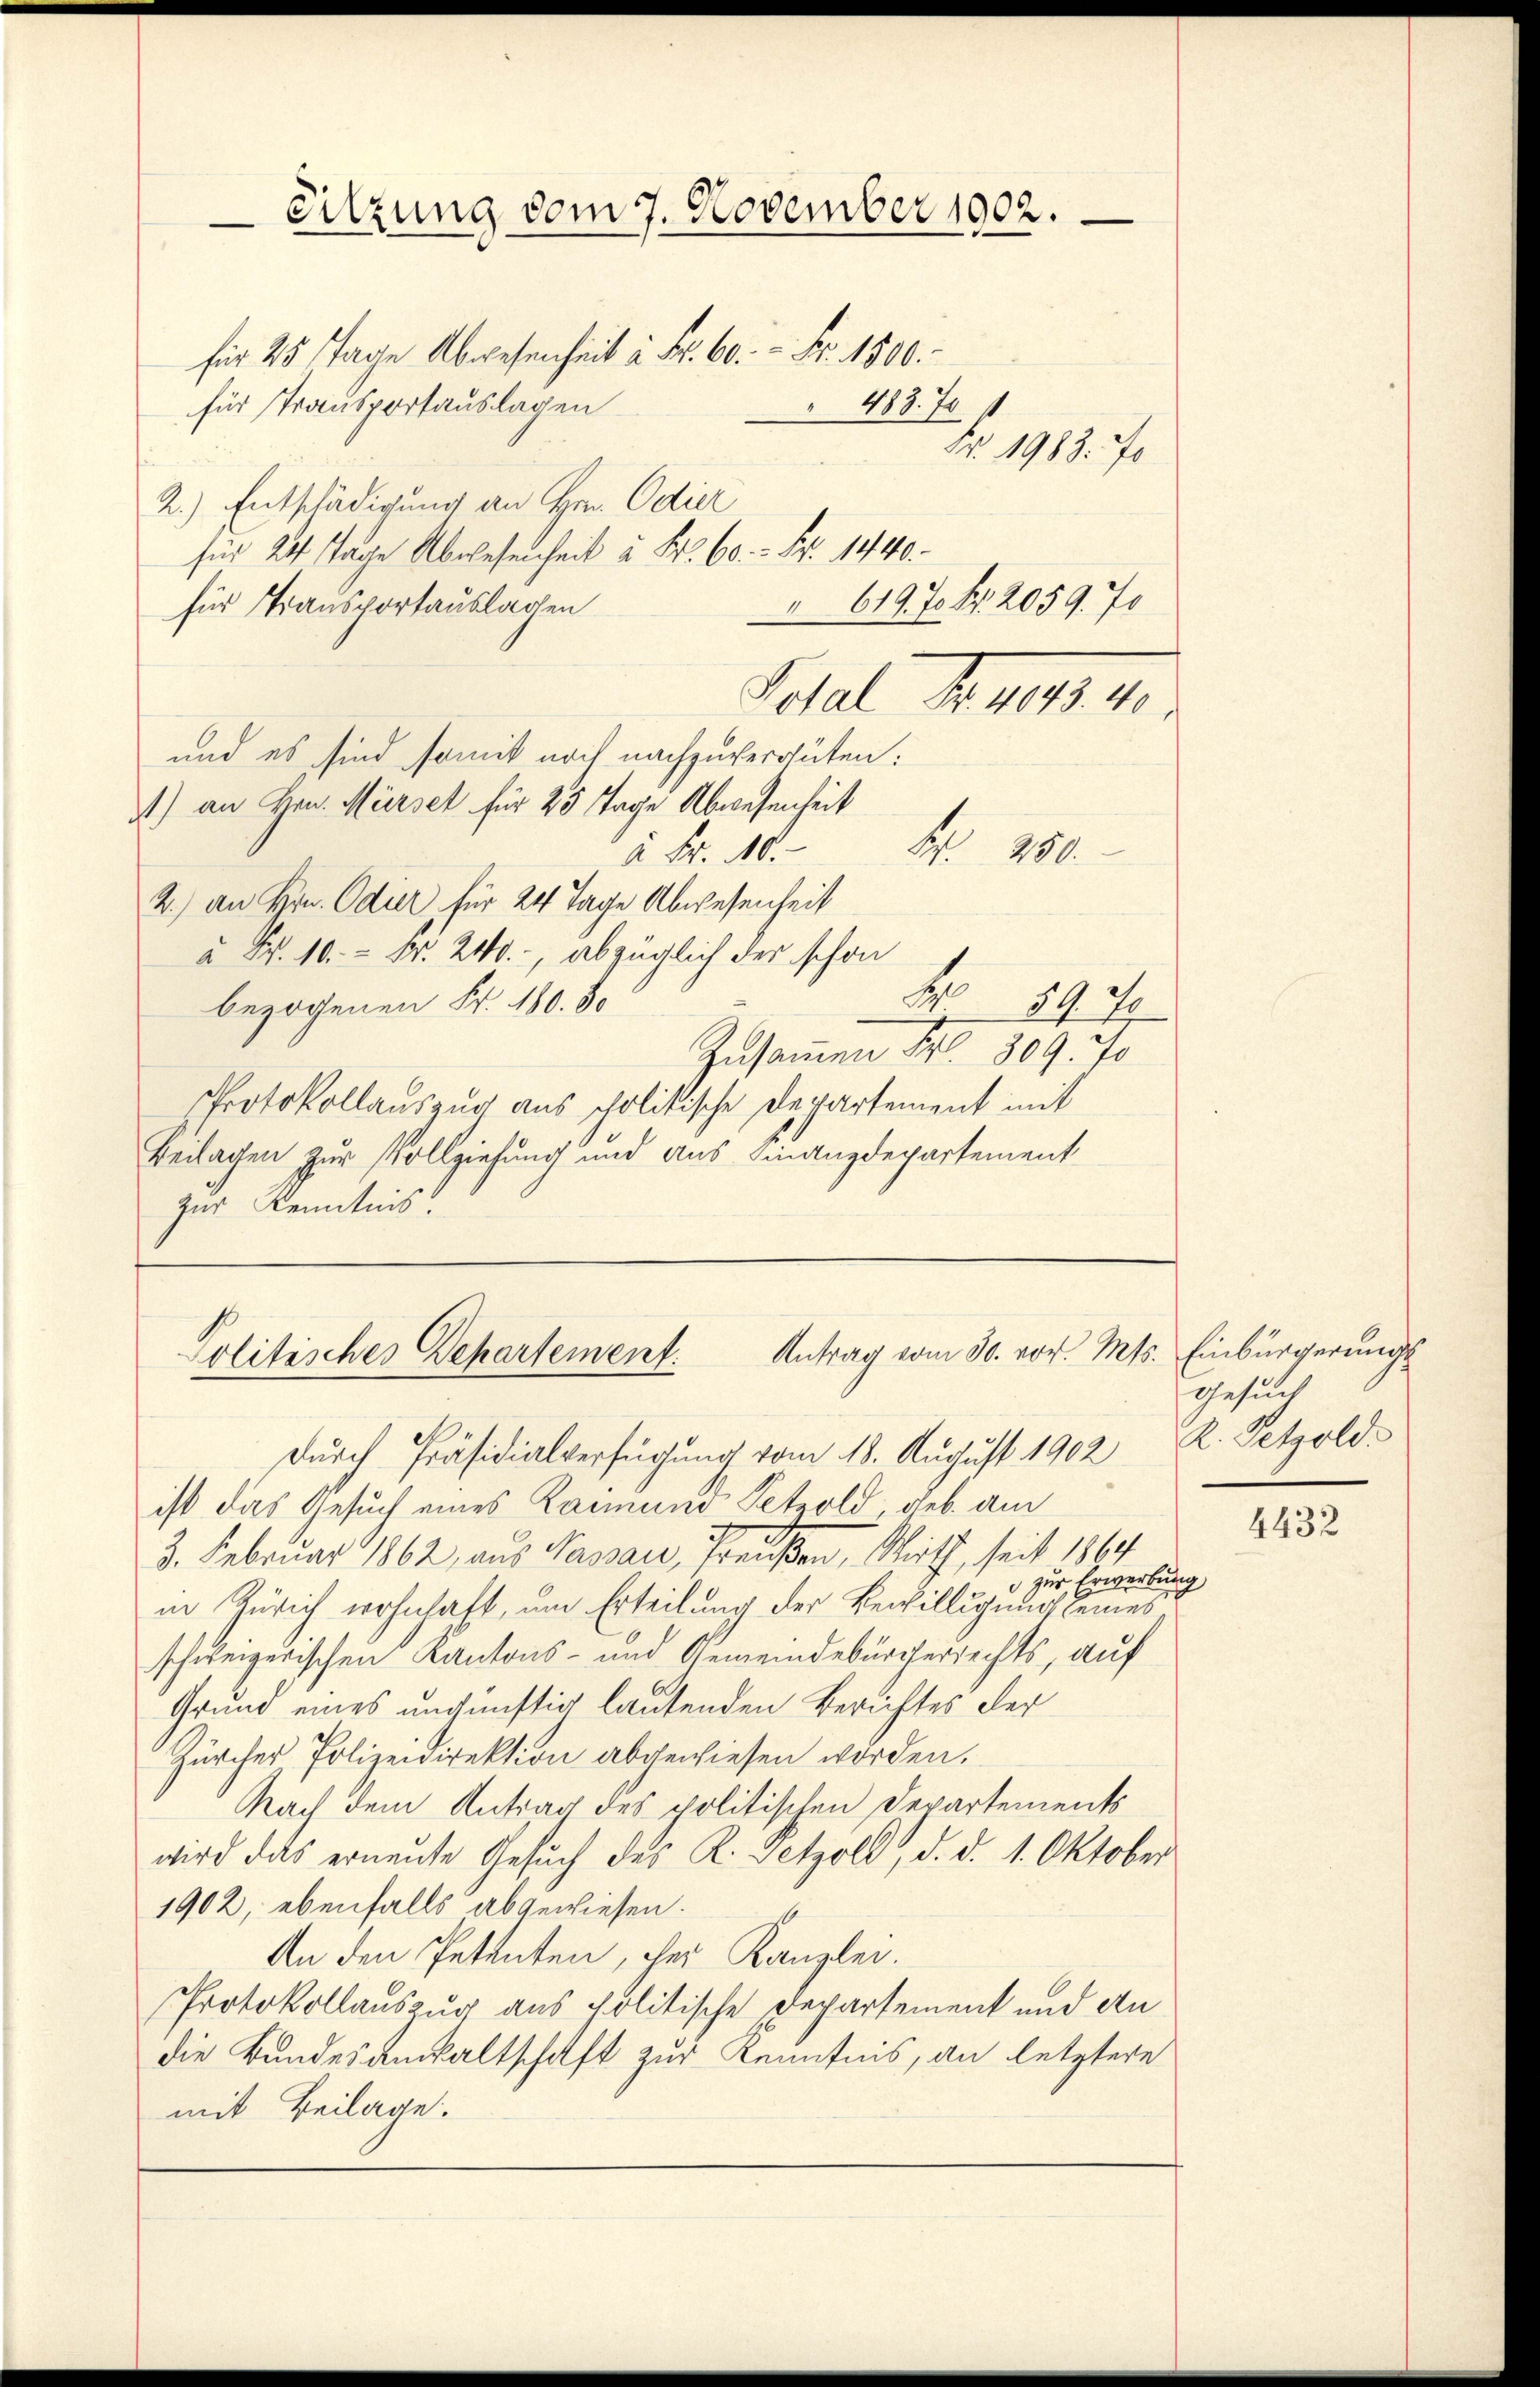
1) an Hrn. Mürset für 25 Tage Abwesenheit
Fr. 250.
à Fr. 10.
2.) an Hrn. Odier für 24 Tage Abwesenheit
u Fr. 10. Fr. 240., abzüglich der schon
E
59. 70
bezogenen Fr. 180. So
Zusammen Fr. 809. 70
Protokollauszug aus scholitische Departement mit
Beilagen zur Vollziehung und aus Finanzdepartement
zur Kenntnis.

Sitzung vom 7. November 1902.
für 25 Tage Abwesenheit à Fr. 60. Fr. 1800.
 483. 70
für Transportauslagen
Nro 1913. 70
2.) Entschädigung an Hrn. Odier
für 24 Tage Abwesenheit u Fr. 60. Fr. 1440
 619. 70 Fr. 2059. 70
für Transportauslagen
Schel Frage m
und es sind somit noch nachzuverguten:

Politisches Departement: Antrag vom 30. vor. Mts. Einbürgerungs
Durch Präsidialverfügung vom 18. August 1902

ist das Gesuch eines Raimund Tetzold, geb. am
3. Februar 1862, aus Nassau, Preußen, Wirth, seit 1864
 zur Erwerbung
in Zürich wohnhaft, um Erteilung der Bewilligung seines
schweizerischen Kantons- und Gemeindebürgerrechts, auf
Grund eines ungünstig lautenden Berichtes der
Zürcher Polizeidirektion abgewiesen worden.
Nach dem Antrag des politischen Departements
wird das erneute Gesŭch des R. Tetzoll, d. d. 1. Oktober
1902, ebenfalls abgewiesen.
An den Petenten, her Kanzlei.
Protokollauszug aus politische Departement und An
die Bundesanwaltschaft zur Kenntnis, an letztere
mit Beilage.

gesuch
K. Petzold.

4432